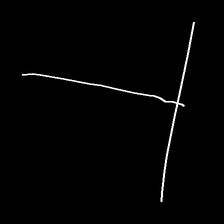
Glyph: column